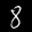
Digit: 8